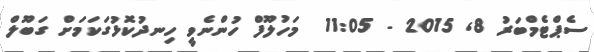
ސެޕްޓެމްބަރު 8